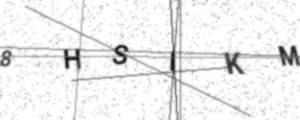
Text: 8HSIKM